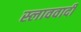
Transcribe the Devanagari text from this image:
स्लाववादी